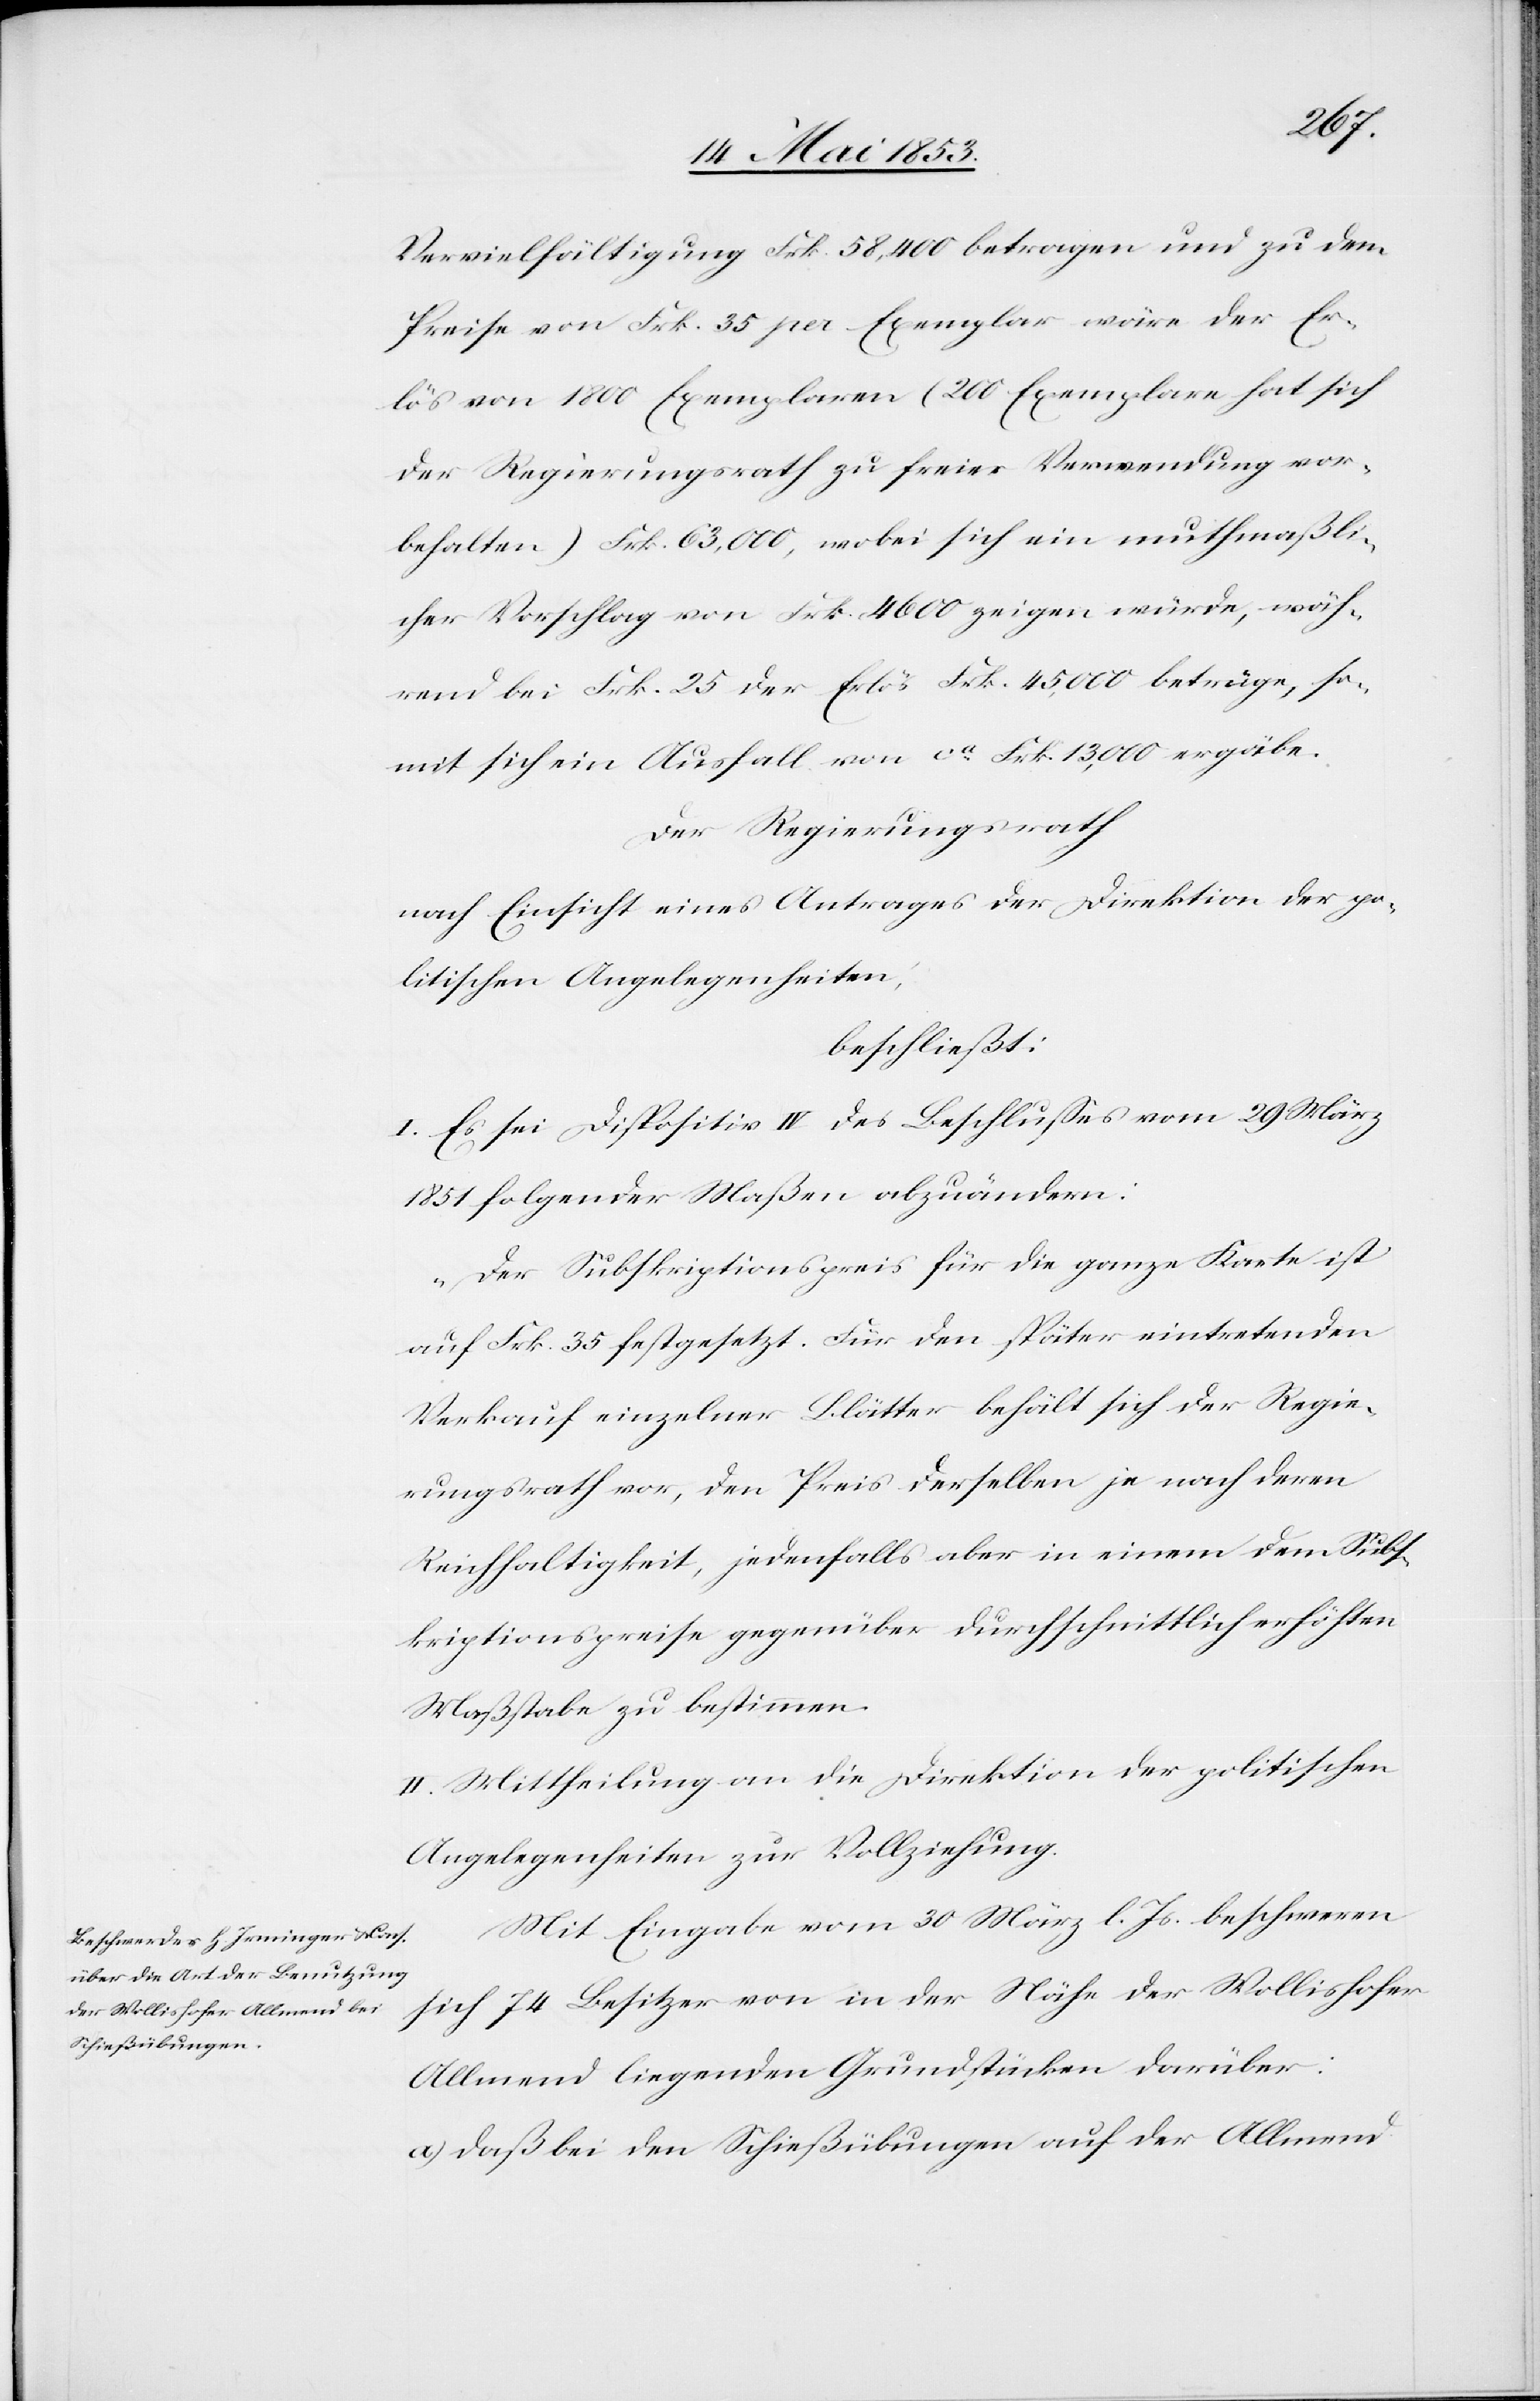
Vervielfältigung Frk. 58,400 betragen und zu dem
Preise von Frk. 35 pro Exemplar wäre der Er¬
lös von 1800 Exemplaren (200 Exemplare hat sich
der Regierungsrath zu freier Verwendung vor¬
behalten) Frk. 63,000, wobei sich ein muthmaßli¬
cher Vorschlag von Frk. 4600 zeigen würde, wäh¬
rend bei Frk. 25 der Erlös Frk. 45,000 betrüge, so¬
mit sich ein Ausfall von ca. Frk. 13,000 ergäbe.
Der Regierungsrath
nach Einsicht eines Antrages der Direktion der
politischen Angelegenheiten;
beschließt:
I. Es sei Dispositiv IV. des Beschlußes vom 29 März
1851 folgender Maßen abzuändern:
„Der Subskriptionspreis für die ganze Karte ist
auf Frk. 35 festgesetzt. Für den später eintretenden
Verkauf einzelner Blätter behält sich der Regie¬
rungsrath vor, den Preis derselben je nach deren
Reichhaltigkeit, jedenfalls aber in einem dem Sub¬
kriptionspreise gegenüber durchschnittlich erhöhten
Maßstabe zu bestimmen.
II. Mittheilung an die Direktion der politischen
Angelegenheiten zur Vollziehung.
Mit Eingabe vom 30 März l. Js. beschweren
sich 74 Besitzer von in der Nähe der Wollishofer
Allmend liegenden Grundflächen darüber:
a) daß bei den Schießübungen auf der Allmend